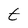
Character: t